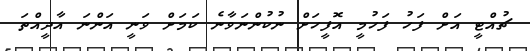
ޗުއްޓީ އަށް ފަހު ފަހުމީ އޮފީހަށް ނުކުންނަވާނެ ކަމަށް ވަނީ އަންނަ އާދީއްތަ